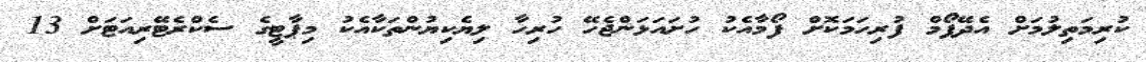
ކުރިމަތިލުމަށް އެދޭފޯމް ފުރިހަމަކޮށް ފޯމާއެކު ހުށައަޅަންޖެހޭ ހުރިހާ ލިޔެކިޔުންތަކާއެކު މިޕާޓީގެ ސެކްރެޓޭރިއަޓަށް 13